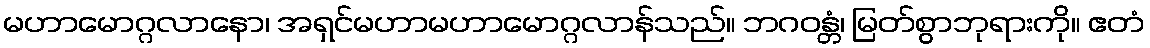
မဟာမောဂ္ဂလာနော၊ အရှင်မဟာမဟာမောဂ္ဂလာန်သည်။ ဘဂဝန္တံ၊ မြတ်စွာဘုရားကို။ ဧတံ